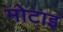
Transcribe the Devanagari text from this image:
मोटाइ